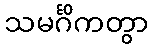
သမင်္ဂိကတွာ